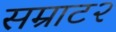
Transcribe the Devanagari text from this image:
सम्राट२